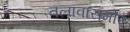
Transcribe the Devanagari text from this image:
तलावासमोर